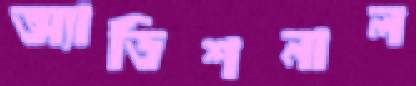
অ্যাডিশনাল